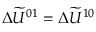
\Delta \widetilde U ^ { 0 1 } = \Delta \widetilde U ^ { 1 0 }